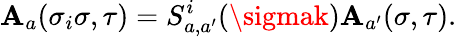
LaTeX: \mathbf{A}_{a}(\sigma_{i}\sigma,\tau)=S_{a,a^{\prime}}^{i}(\sigmak)\mathbf{A}_{a^{\prime}}(\sigma,\tau).